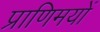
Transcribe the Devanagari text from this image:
प्राणिमयों